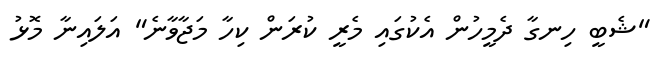
"ޝެބީ ހިނގާ ދެމީހުން އެކުގައި މެރީ ކުރަން ކިހާ މަޖާވާނެ" އަލައިނާ މޮޅު